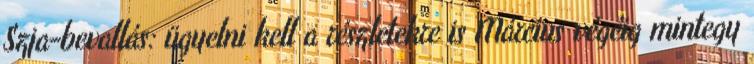
Szja-bevallás: ügyelni kell a részletekre is Március végéig mintegy